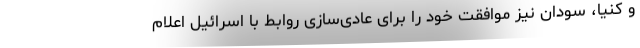
و کنیا، سودان نیز موافقت خود را برای عادی‌سازی روابط با اسرائیل اعلام